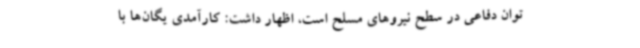
توان دفاعی در سطح نیروهای مسلح است، اظهار داشت: کارآمدی یگان‌ها با